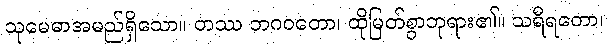
သုမေဓာအမည်ရှိသော။ တဿ ဘဂဝတော၊ ထိုမြတ်စွာဘုရား၏။ သရီရတော၊